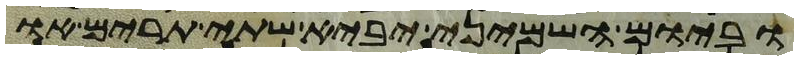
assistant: וביום השמיני יביא שתי תרים או